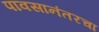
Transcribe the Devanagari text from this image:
पावसानंतरचा